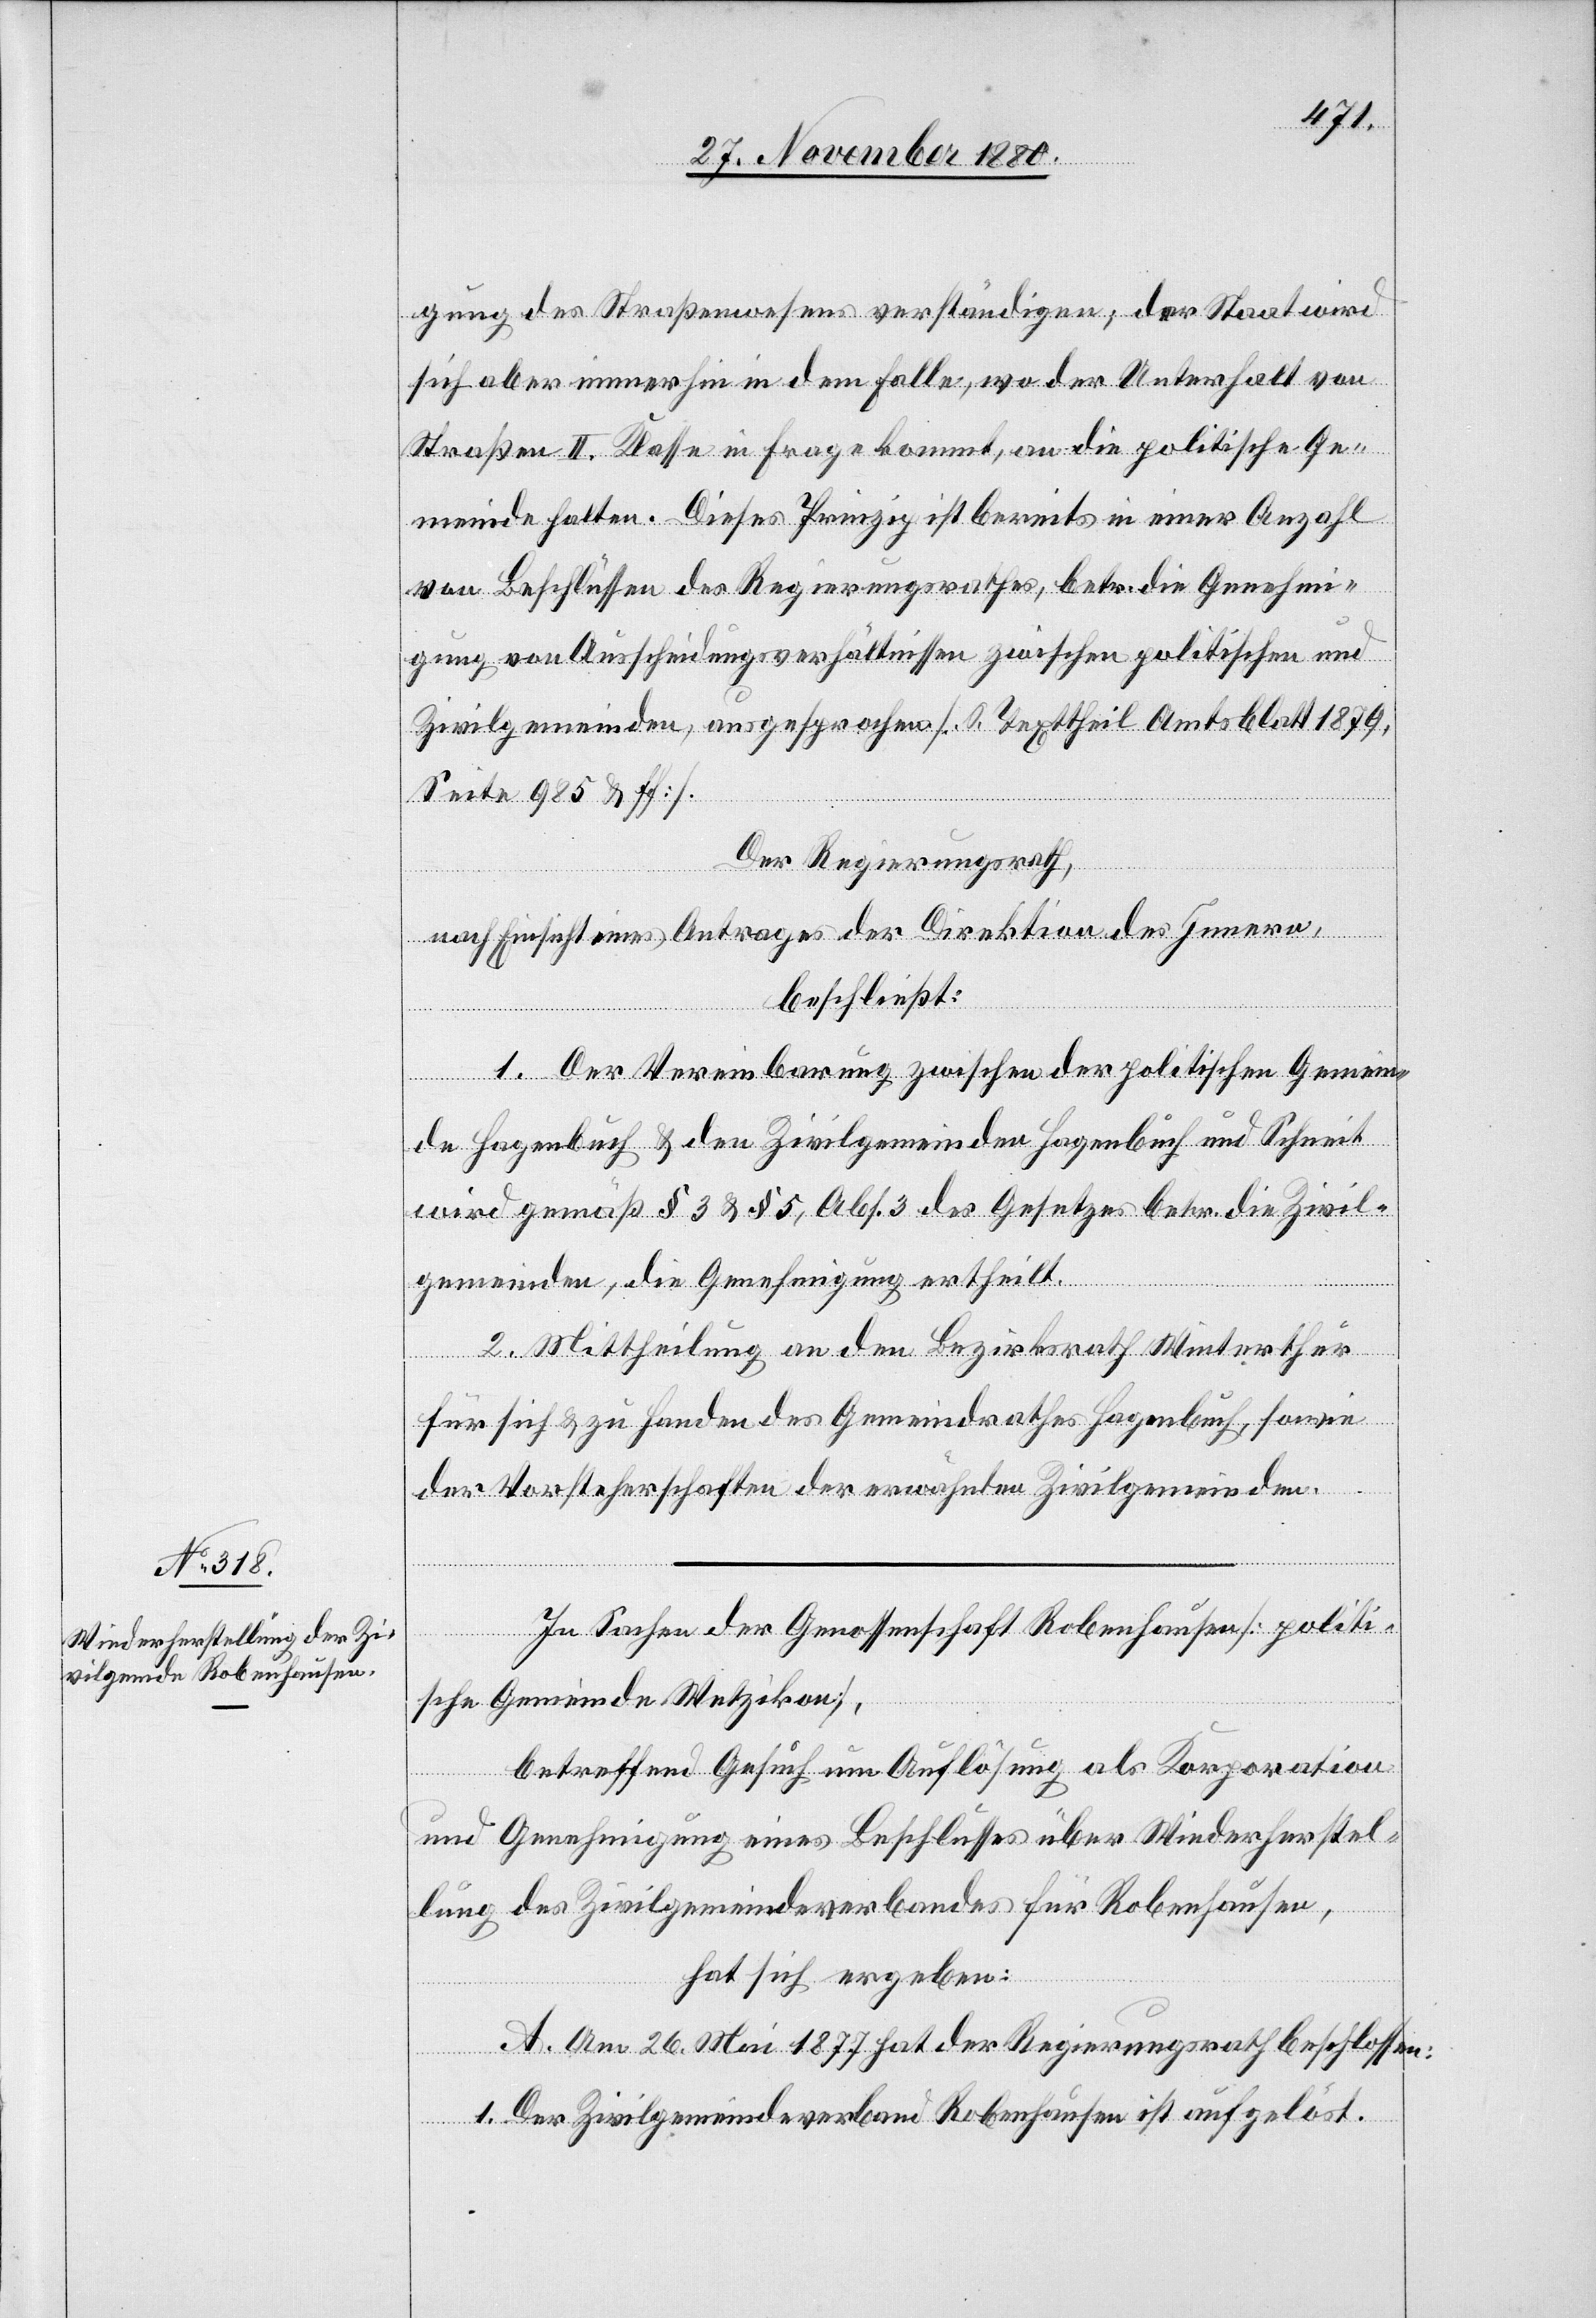
gung des Straßenwesens verständigen, der Staat wird
sich aber immerhin in dem Falle, wo der Unterhalt von
Straßen II. Klasse in Frage kommt, an die politische Ge¬
meinde halten. Dieses Prinzip ist bereits in einer Anzahl
von Beschlüssen des Regierungsrathes, betr. die Genehmi¬
gung von Ausscheidungsverhältnissen zwischen politischen und
Zivilgemeinden, ausgesprochen. [S. Texttheil Amtsblatt 1879,
Seite 985 & ff.].
Der Regierungsrath,
nach Einsicht eines Antrages der Direktion des Innern,
beschließt:
1. Der Vereinbarung zwischen der politischen Gemein¬
de Hagenbuch & den Zivilgemeinden Hagenbuch und Schneit
wird gemäß § 3 & § 5, Abs. 34 des Gesetzes betr. die Zivil¬
gemeinden, die Genehmigung ertheilt.
2. Mittheilung an den Bezirksrath Winterthur
für sich & zu Handen des Gemeindrathes Hagenbuch, sowie
der Vorsteherschaften der erwähnten Zivilgemeinden.
In Sachen der Genossenschaft Robenhausen [politi¬
sche Gemeinde Wetzikon],
betreffend Gesuch um Auflösung als Korporation
und Genehmigung eines Beschlusses über Wiederherstel¬
lung des Zivilgemeindeverbandes für Robenhausen,
hat sich ergeben:
A. Am 26. Mai 1877 hat der Regierungsrath beschlossen:
1. Der Zivilgemeindeverband Robenhausen ist aufgelöst.